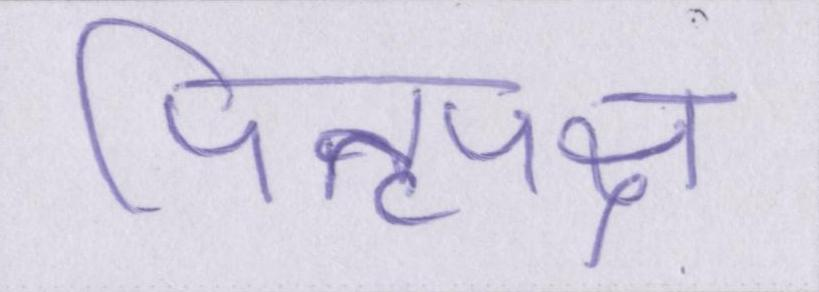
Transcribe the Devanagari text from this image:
पितृपक्ष